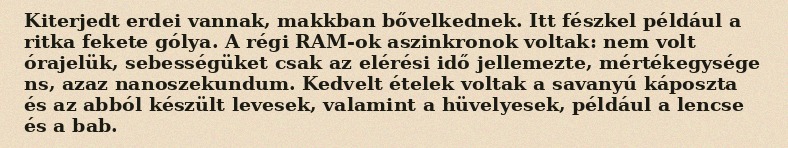
Kiterjedt erdei vannak, makkban bővelkednek. Itt fészkel például a ritka fekete gólya. A régi RAM-ok aszinkronok voltak: nem volt órajelük, sebességüket csak az elérési idő jellemezte, mértékegysége ns, azaz nanoszekundum. Kedvelt ételek voltak a savanyú káposzta és az abból készült levesek, valamint a hüvelyesek, például a lencse és a bab.